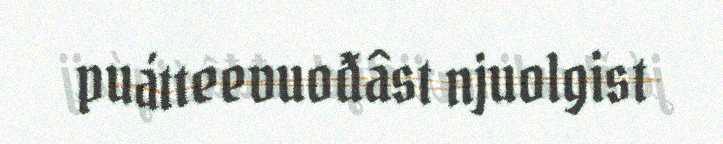
puátteevuođâst njuolgist